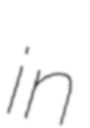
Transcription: in